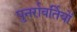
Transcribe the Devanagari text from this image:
पुनर्रावर्तियों